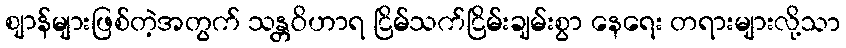
ဈာန်များဖြစ်တဲ့အတွက် သန္တဝိဟာရ ငြိမ်သက်ငြိမ်းချမ်းစွာ နေရေး တရားများလို့သာ